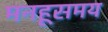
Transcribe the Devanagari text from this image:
मनहूसमय